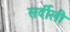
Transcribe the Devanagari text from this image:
सर्दीली